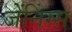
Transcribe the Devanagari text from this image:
जेंनिंग्स